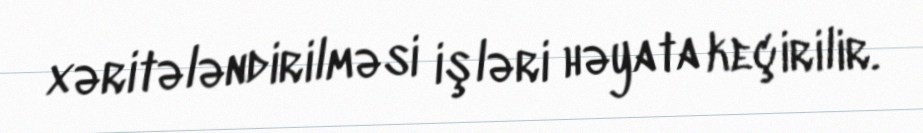
xəritələndirilməsi işləri həyata keçirilir.